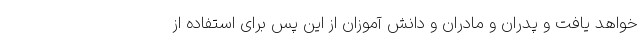
خواهد یافت و پدران و مادران و دانش آموزان از این پس برای استفاده از